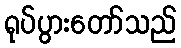
ရုပ်ပွားတော်သည်